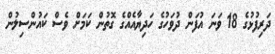
ދަރިފުޅުގެ 18 ވަނަ އުފަން ދުވަހުގެ ހަދިޔާއެއްގެ ގޮތުން ކަމަށް ވެސް ކައުންސިލުން